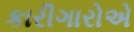
કારીગારોએ